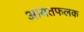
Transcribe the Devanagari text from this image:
आयतफलक